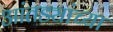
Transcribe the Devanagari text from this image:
आंतड्यांच्या